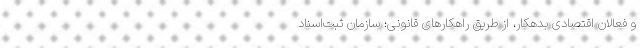
و فعالان اقتصادی بدهکار، از طریق راهکارهای قانونی؛ سازمان ثبت‌اسناد